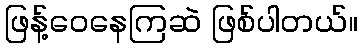
ဖြန့်ဝေနေကြဆဲ ဖြစ်ပါတယ်။